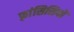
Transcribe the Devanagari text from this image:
फ़्रांसिसियों